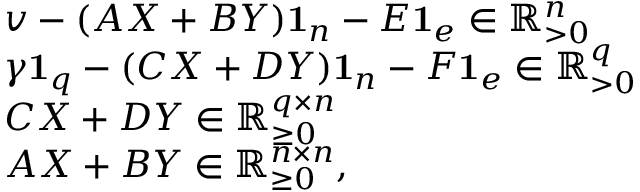
\begin{array} { r l } & { v - ( A X + B Y ) \mathbf { 1 } _ { n } - E \mathbf { 1 } _ { e } \in \mathbb { R } _ { > 0 } ^ { n } } \\ & { \gamma \mathbf { 1 } _ { q } - ( C X + D Y ) \mathbf { 1 } _ { n } - F \mathbf { 1 } _ { e } \in \mathbb { R } _ { > 0 } ^ { q } } \\ & { C X + D Y \in \mathbb { R } _ { \geq 0 } ^ { q \times n } } \\ & { A X + B Y \in \mathbb { R } _ { \geq 0 } ^ { n \times n } , } \end{array}